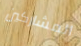
المشاركين